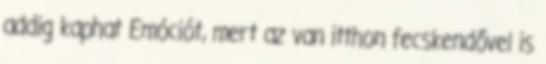
addig kaphat Emóciót, mert az van itthon fecskendővel is